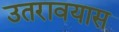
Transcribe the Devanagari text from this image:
उतरावयास